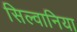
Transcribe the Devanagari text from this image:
सिल्वानिया